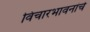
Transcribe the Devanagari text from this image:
विचारभावनांचे